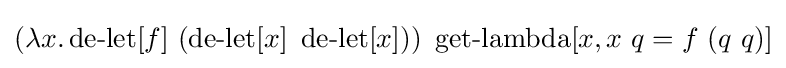
(\lambda x.\operatorname {de-let} [f]\ (\operatorname {de-let} [x]\ \operatorname {de-let} [x]))\ \operatorname {get-lambda} [x,x\ q=f\ (q\ q)]